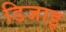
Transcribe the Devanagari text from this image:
डिजाइ